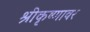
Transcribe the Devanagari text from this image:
श्रीकृष्णावर